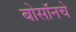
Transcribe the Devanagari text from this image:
बोसॉनचे